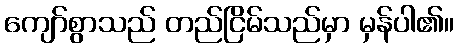
ကျော်စွာသည် တည်ငြိမ်သည်မှာ မှန်ပါ၏။